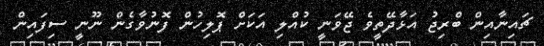
ޗައިނާއިން ބްރިޖު އަޅާދޭތީވެ ޖޭވަނީ ކުއްލި އަކަށް ޕޮޮލިހުން ފޮނުވާގެން ނޫނީ ސިފައިން